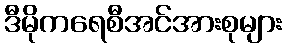
ဒီမိုကရေစီအင်အားစုများ